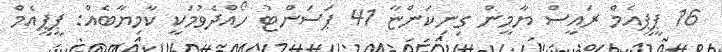
16 ޕީޕީއެމް ރައީސް ޔާމީން ގިނިކަންޏާ 41 ޕަސަންޓު ހޯއްދެވުމަކީ ކާމިޔާބެއް: ޕީޕީއެމް